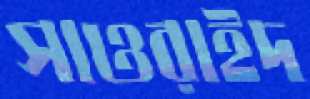
সাওরাইদ